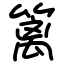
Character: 篱